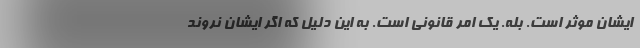
ایشان موثر است. بله. یک امر قانونی است. به این دلیل که اگر ایشان نروند